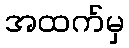
အထက်မှ